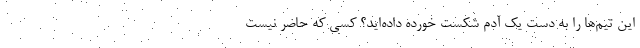
این تیم‌ها را به دست یک آدم شکست خورده داده‌اید؟ کسی که حاضر نیست